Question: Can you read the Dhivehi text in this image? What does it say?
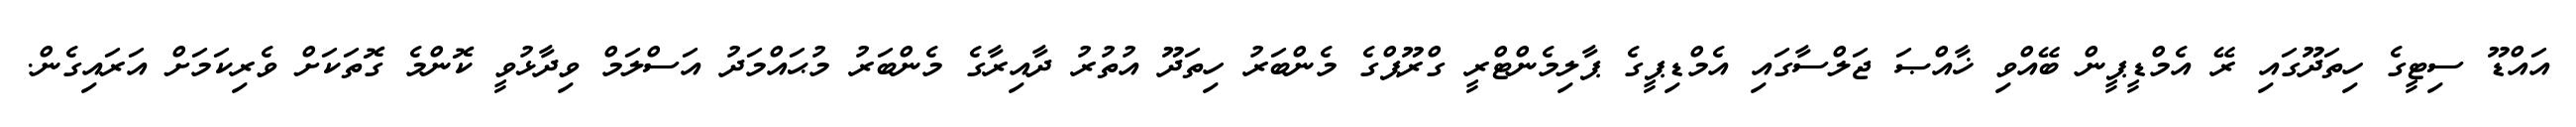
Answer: އައްޑޫ ސިޓީގެ ހިތަދޫގައި ރޭ އެމްޑީޕީން ބޭއްވި ޚާއްޞަ ޖަލްސާގައި އެމްޑިޕީގެ ޕާލިމެންޓްރީ ގްރޫޕްގެ މެންބަރު ހިތަދޫ އުތުރު ދާއިރާގެ މެންބަރު މުޙައްމަދު އަސްލަމް ވިދާޅުވީ ކޮންމެ ގޮތަކަށް ވެރިކަމަށް އަރައިގެން.